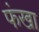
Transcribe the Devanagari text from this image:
फंखा